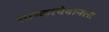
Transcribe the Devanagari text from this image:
सास्काचेवानला